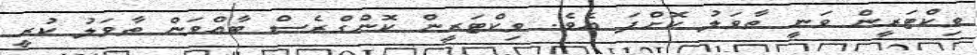
ވިކްޓަރީން ވަނީ ތާވަލު ކޮށްފަ އެވެ. ވިކްޓަރީން ކޮންގްރެސް ބާއްވަން ތާވަލު ކުރީ